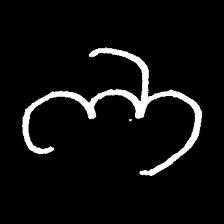
Pyu character \u2014 Myanmar letter: ဘ (romanized: bha)